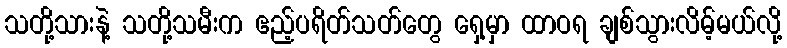
သတို့သားနဲ့ သတို့သမီးက ဧည့်ပရိတ်သတ်တွေ ရှေ့မှာ ထာဝရ ချစ်သွားလိမ့်မယ်လို့